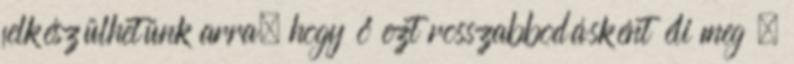
felkészülhetünk arra, hogy ő ezt rosszabbodásként éli meg .